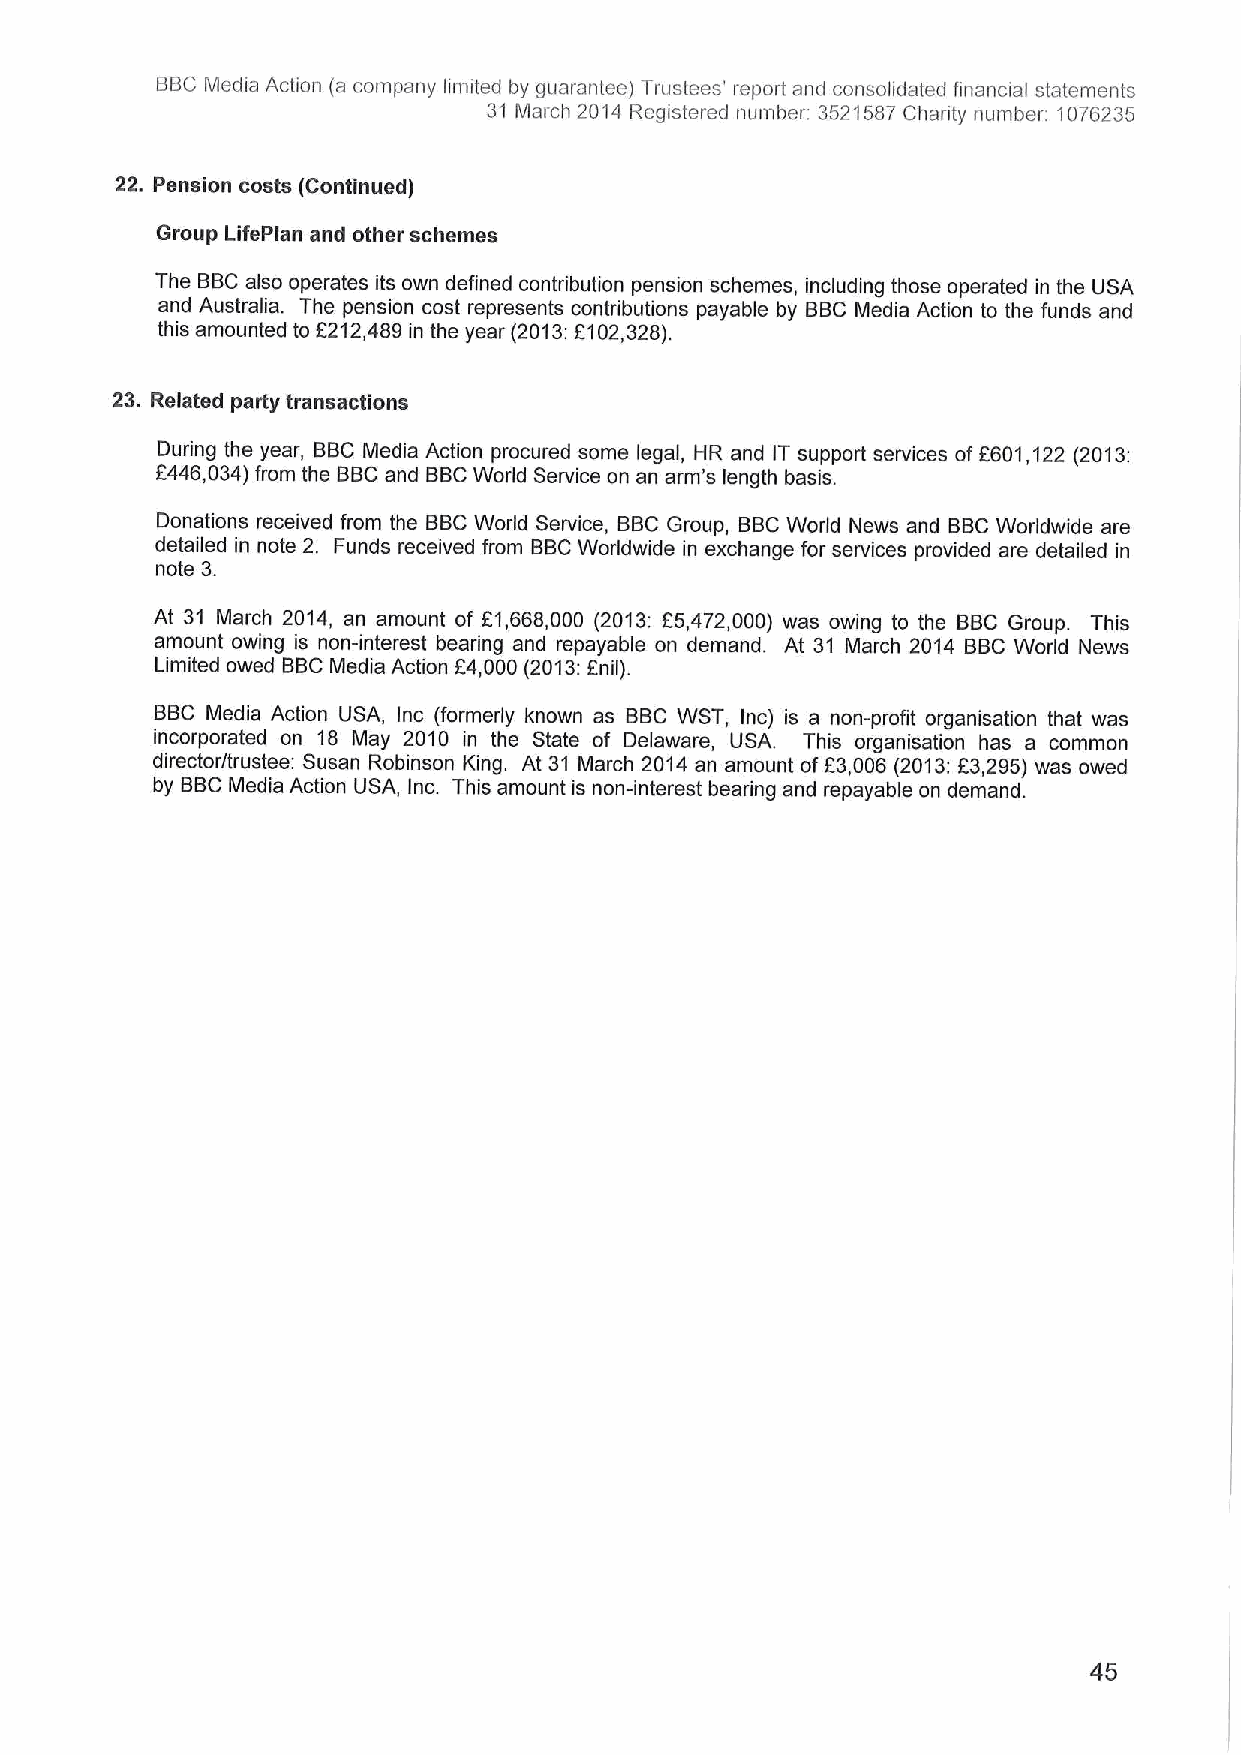
BBCMedia Action (a company limited by guarantee) Trustees' report and consolidated financial statements
 31 March 2014 Registered number: 3521587Chanty number 1076235
 22. Pension costs (Continued)
 Group LifePlan and other schemes
 The BBCalso operates its own defined contribution pension schemes, including those operated in the USA
 and Australia. The pension cost represents contributions payable by BBCMedia Action to the funds and
 this amounted to F212,489 in the year (2013:F102,328).
 23. Related party transactions
 During the year, BBCMedia Action procured some legal, HR and IT support services of F601,122 (2013;
 F446,034)from the BBCand BBCWorld Service on an arm's length basis,
 Donations received from the BBCWorld Service, BBCGroup, BBCWorld News and BBCWorldwide are
 detailed in note 2. Funds received from BBCWorldwide in exchange for services provided are detailed in
 note 3.
 At 31 March 2014, an amount of f1,668,000 (2013: F5,472,000) was owing to the BBC Group. This
 amount owing is non-interest bearing and repayable on demand. At 31 March 2014 BBCWorld News
 Limited owed BBCMedia Action 64,000 (2013:anil).
 BBC Media Action USA, Inc (formerly known as BBC WST, Inc) is a non-profit organisation that was
 incorporated on 18 May 2010 in the State of Delaware, USA. This organisation has a common
 director/trustee: Susan Robinson King. At 31 March 2014 an amount ofF3,006 (2013:E3,295) was owed
 by BBCMedia Action USA, Inc. This amount is non-interest bearing and repayable on demand.
 45